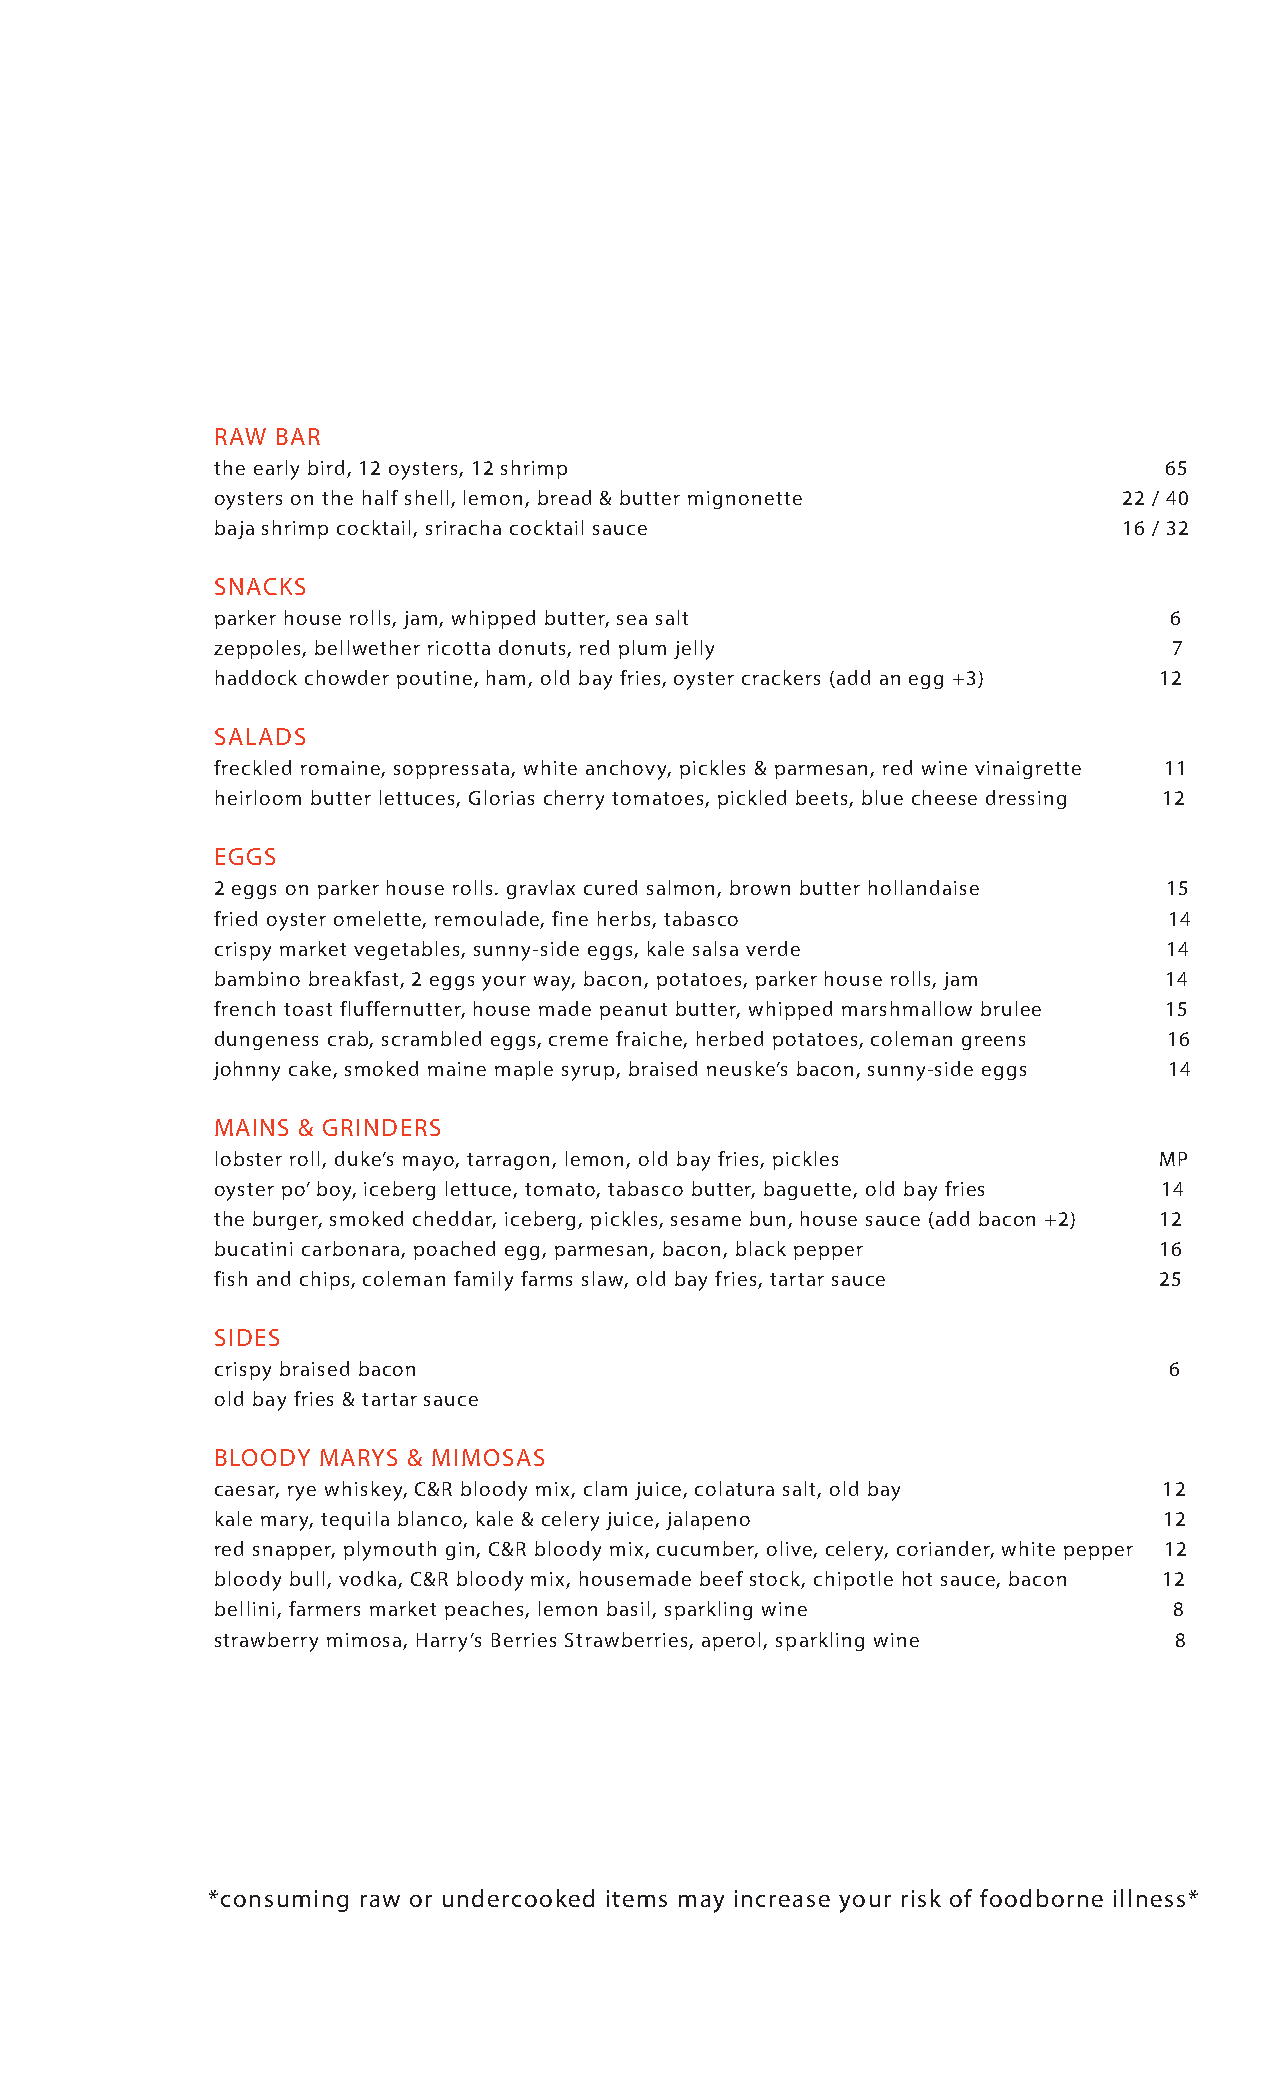
RAW BAR
 the early bird, 12 oysters, 12 shrimp                          65
 oysters on the half shell, lemon, bread & butter mignonette 22 / 40
 baja shrimp cocktail, sriracha cocktail sauce               16 / 32
 SNACKS
 parker house rolls, jam, whipped butter, sea salt              6
 zeppoles, bellwether ricotta donuts, red plum jelly             7
 haddock chowder poutine, ham, old bay fries, oyster crackers (add an egg +3) 12
 SALADS
 freckled romaine, soppressata, white anchovy, pickles & parmesan, red wine vinaigrette 11
 heirloom butter lettuces, Glorias cherry tomatoes, pickled beets, blue cheese dressing 12
 EGGS
 2 eggs on parker house rolls. gravlax cured salmon, brown butter hollandaise 15
 fried oyster omelette, remoulade, fine herbs, tabasco          14
 crispy market vegetables, sunny-side eggs, kale salsa verde    14
 bambino breakfast, 2 eggs your way, bacon, potatoes, parker house rolls, jam 14
 french toast fluffernutter, house made peanut butter, whipped marshmallow brulee 15
 dungeness crab, scrambled eggs, creme fraiche, herbed potatoes, coleman greens 16
 johnny cake, smoked maine maple syrup, braised neuske’s bacon, sunny-side eggs 14
 MAINS & GRINDERS
 lobster roll, duke’s mayo, tarragon, lemon, old bay fries, pickles MP
 oyster po’ boy, iceberg lettuce, tomato, tabasco butter, baguette, old bay fries 14
 the burger, smoked cheddar, iceberg, pickles, sesame bun, house sauce (add bacon +2) 12
 bucatini carbonara, poached egg, parmesan, bacon, black pepper 16
 fish and chips, coleman family farms slaw, old bay fries, tartar sauce 25
 SIDES
 crispy braised bacon                                           6
 old bay fries & tartar sauce
 BLOODY MARYS & MIMOSAS
 caesar, rye whiskey, C&R bloody mix, clam juice, colatura salt, old bay 12
 kale mary, tequila blanco, kale & celery juice, jalapeno       12
 red snapper, plymouth gin, C&R bloody mix, cucumber, olive, celery, coriander, white pepper 12
 bloody bull, vodka, C&R bloody mix, housemade beef stock, chipotle hot sauce, bacon 12
 bellini, farmers market peaches, lemon basil, sparkling wine    8
 strawberry mimosa, Harry’s Berries Strawberries, aperol, sparkling wine 8
 *consuming raw or undercooked items may increase your risk of foodborne illness*